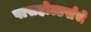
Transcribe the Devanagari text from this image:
पासहोल्डर्सचे